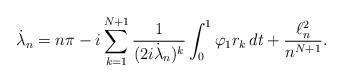
\begin{align*}\dot\lambda_n= n\pi -i\sum_{k=1}^{N+1}\frac{1}{(2i\dot\lambda_n)^k}\int_0^1 \varphi_1r_k\,dt+ \frac{\ell^2_n}{n^{N+1}}.\end{align*}